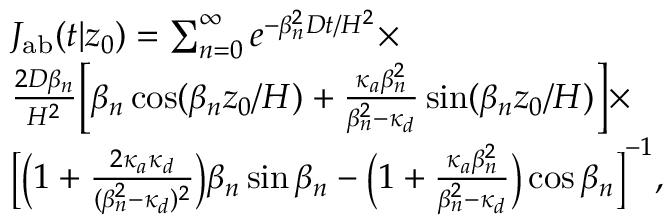
\begin{array} { r l } & { J _ { \mathrm { { a b } } } ( t | z _ { 0 } ) = \sum _ { n = 0 } ^ { \infty } e ^ { - \beta _ { n } ^ { 2 } D t / H ^ { 2 } } \times } \\ & { \frac { 2 D \beta _ { n } } { H ^ { 2 } } \biggl [ \beta _ { n } \cos ( \beta _ { n } z _ { 0 } / H ) + \frac { \kappa _ { a } \beta _ { n } ^ { 2 } } { \beta _ { n } ^ { 2 } - \kappa _ { d } } \sin ( \beta _ { n } z _ { 0 } / H ) \biggr ] \times } \\ & { \footnotesize \biggl [ \biggl ( 1 + \frac { 2 \kappa _ { a } \kappa _ { d } } { ( \beta _ { n } ^ { 2 } - \kappa _ { d } ) ^ { 2 } } \biggr ) \beta _ { n } \sin \beta _ { n } - \biggl ( 1 + \frac { \kappa _ { a } \beta _ { n } ^ { 2 } } { \beta _ { n } ^ { 2 } - \kappa _ { d } } \biggr ) \cos \beta _ { n } \biggr ] ^ { - 1 } , } \end{array}